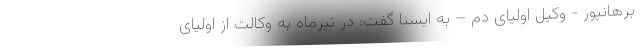
برهانپور - وکیل اولیای دم – به ایسنا گفت: در تیرماه به وکالت از اولیای